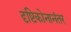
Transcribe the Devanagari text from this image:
दृष्टिकोनानंतर